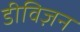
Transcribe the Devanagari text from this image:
डीविज़न